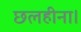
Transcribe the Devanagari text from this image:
छलहीना।